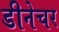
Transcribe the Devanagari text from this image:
डीनेचर